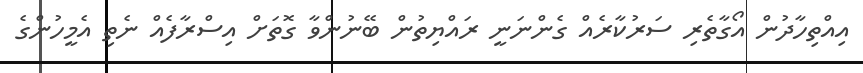
އިއްތިހާދުން އޯގާތެރި ސަރުކާރެއް ގެންނަނީ ރައްޔިތުން ބޭނުންވާ ގޮތަށް އިސްރާފެއް ނެތި އެމީހުންގެ